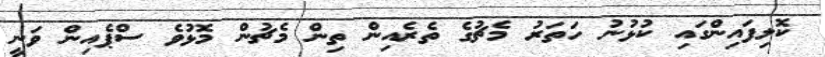
ކޮލިފައިންގައި ކުޅުނު ހަތަރު މެޗުގެ ތެރެއިން ތިން މެޗުން މޮޅުވެ ސްޕެއިން ވަނީ